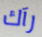
رآك